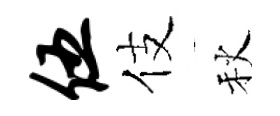
伍伎秋